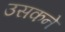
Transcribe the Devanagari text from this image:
उसकने